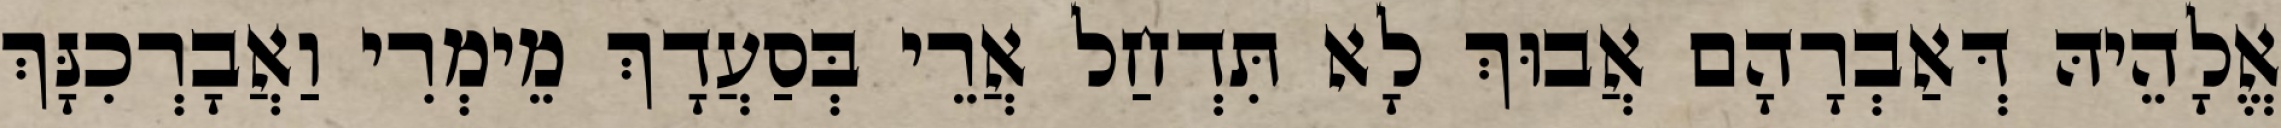
אֱלָהֵיהּ דְּאַבְרָהָם אֲבוּךְ לָא תִּדְחַל אֲרֵי בְּסַעֲדָךְ מֵימְרִי וַאֲבָרְכִנָּךְ